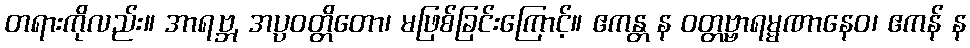
တရားကိုလည်း။ အာရဗ္ဘ, အပ္ပဝတ္တိတော၊ မဖြစ်ခြင်းကြောင့်။ ဧကန္တ န ဝတ္တဗ္ဗာရမ္မဏာနေဝ၊ ဧကန် န